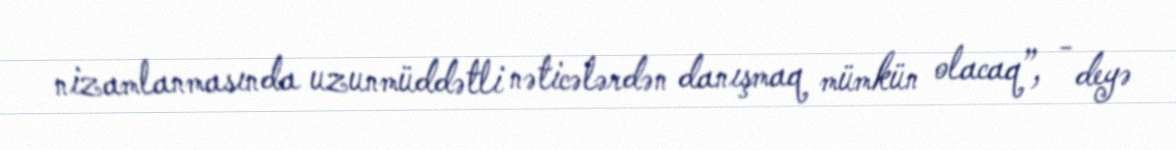
nizamlanmasında uzunmüddətli nəticələrdən danışmaq mümkün olacaq”, - deyə